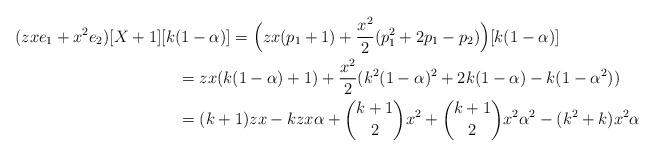
LaTeX: \begin{align*} & (zxe_{1}+x^{2}e_{2})[X+1][k(1-\alpha)]=\Big(zx(p_{1}+1)+\frac{x^{2}}{2}(p_{1}^{2}+2p_{1}-p_{2})\Big)[k(1-\alpha)]\\ & \qquad\qquad\qquad\qquad\qquad=zx(k(1-\alpha)+1)+\frac{x^{2}}{2}(k^{2}(1-\alpha)^{2}+2k(1-\alpha)-k(1-\alpha^{2}))\\ & \qquad\qquad\qquad\qquad\qquad=(k+1)zx-kzx\alpha+{k+1 \choose 2}x^{2}+{k+1 \choose 2}x^{2}\alpha^{2}-(k^{2}+k)x^{2}\alpha\end{align*}